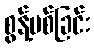
စွန့်ပစ်ခြင်း